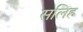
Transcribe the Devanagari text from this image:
सलिह